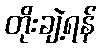
တိုးချဲ့ရန်